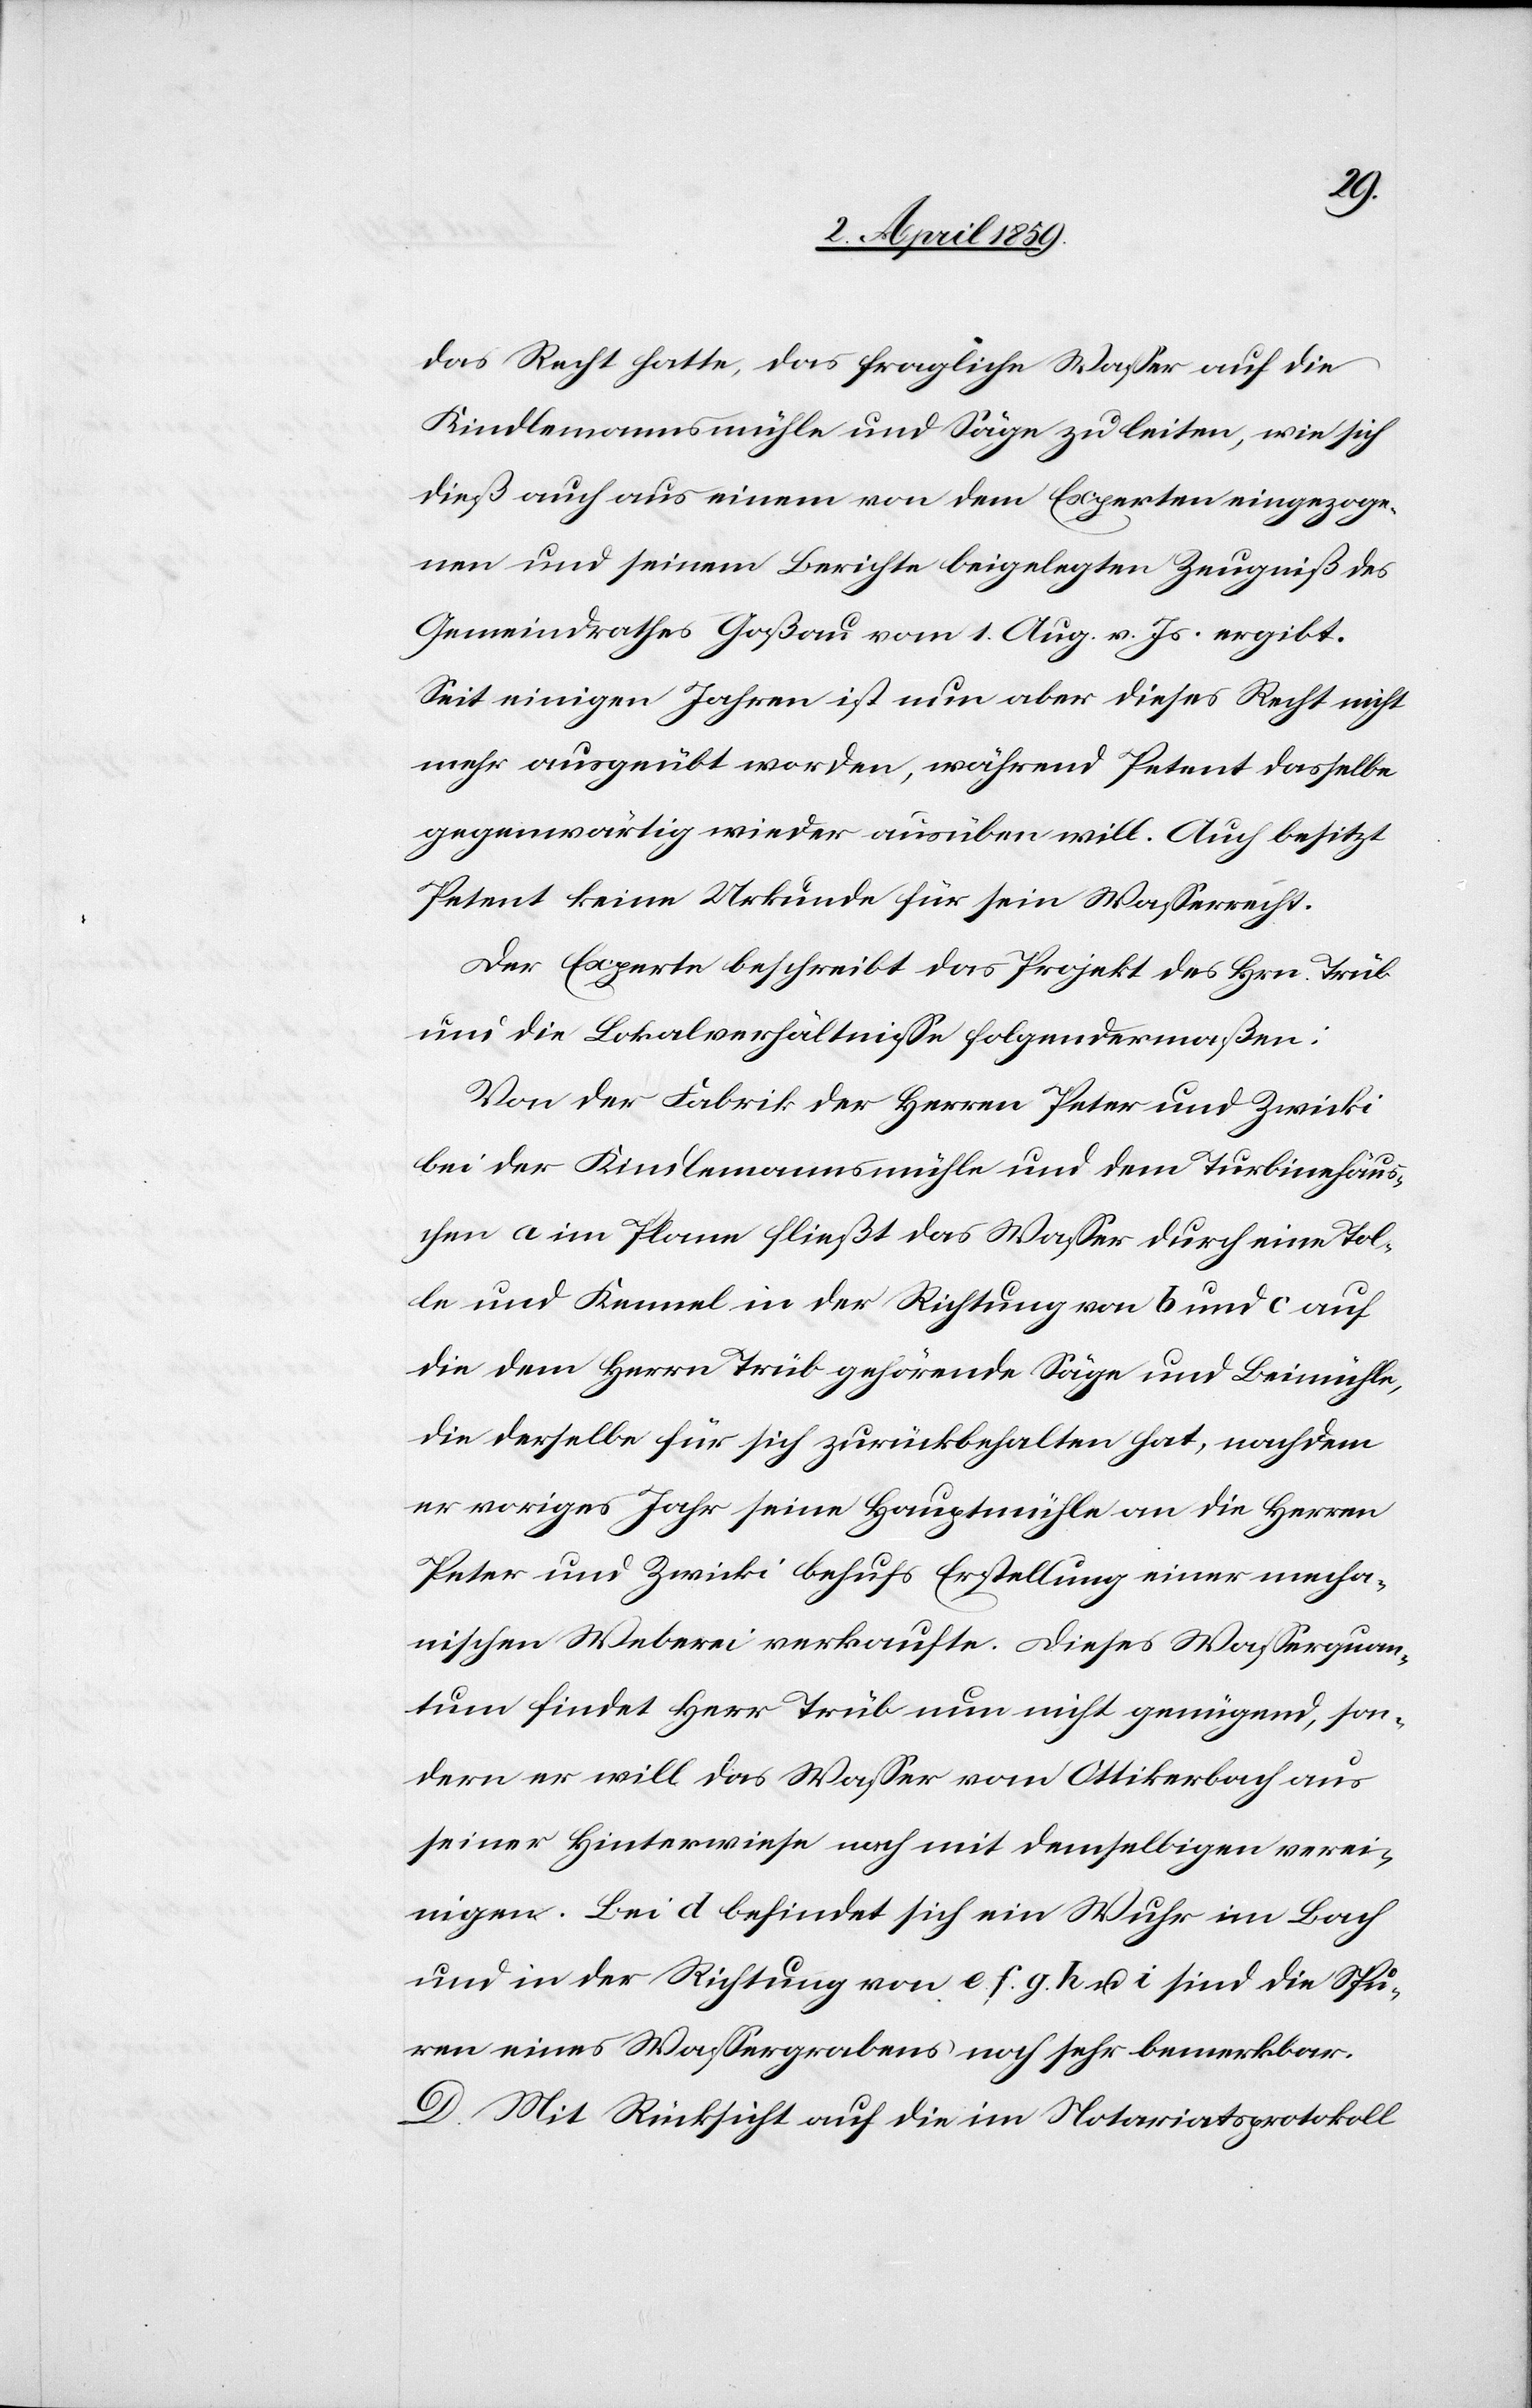
das Recht hatte, das fragliche Waßer auf die
Kindlemannsmühle und Säge zu leiten, wie sich
dieß auch aus einem von dem Experten eingezoge¬
nen und seinem Berichte beigelegten Zeugniß des
Gemeindrathes Goßau vom 1. Aug. v. Js. ergibt.
Seit einigen Jahren ist nun aber dieses Recht nicht
mehr ausgeübt worden, während Petent dasselbe
gegenwärtig wieder ausüben will. Auch besitzt
Petent keine Urkunde für sein Waßerrecht.
Der Experte beschreibt das Projekt des Hrn. Trüb
um die Lokalverhältniße folgendermaßen:
Von der Fabrik der Herren Peter und Zwicki
bei der Kindlemannsmühle und dem Turbinehäus¬
chen a im Plane fließt das Waßer durch eine Tol¬
le und Kennel in der Richtung von b und c auf
die dem Herrn Trüb gehörende Säge und Beimühle,
die derselbe für sich zurückbehalten hat, nachdem
er voriges Jahr seine Hauptmühle an die Herren
Peter und Zwicki behufs Erstellung einer mecha¬
nischen Weberei verkaufte. Dieses Waßerquan¬
tum findet Herr Trüb nun nicht genügend, son¬
dern er will das Waßer vom Ottikerbach aus
seiner Hinterwiese noch mit demselbigen verei¬
nigen. Bei d befindet sich ein Wuhr im Bach
und in der Richtung von e. f. g. h u. i sind die Spu¬
ren eines Waßergrabens noch sehr bemerkbar.
D. Mit Rücksicht auf die im Notariatsprotokoll